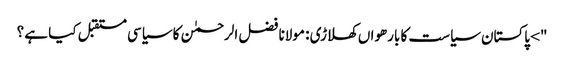
"> پاکستان سیاست کا بارھواں کھلاڑی : مولانا فضل الرحمٰن کا سیاسی مستقبل کیا ہے ؟